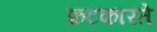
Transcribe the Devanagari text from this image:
फ़टकारते